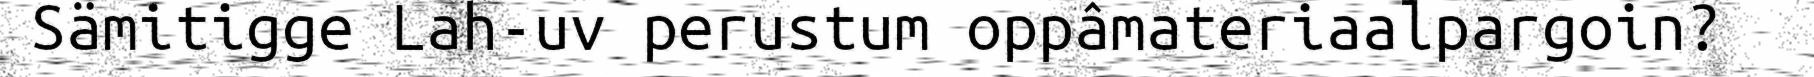
Sämitigge Lah-uv perustum oppâmateriaalpargoin?